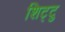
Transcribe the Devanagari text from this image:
शिट्टु